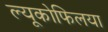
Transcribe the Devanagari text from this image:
ल्यूकोफिलया